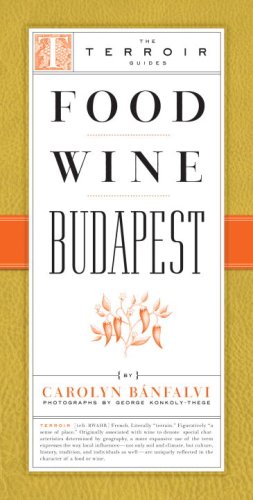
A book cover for Food Wine Budapest (The Terroir Guides); Carolyn Banfalvi; Travel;